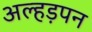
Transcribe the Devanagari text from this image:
अल्हड़पन